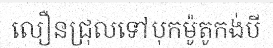
លឿនជ្រុលទៅបុកម៉ូតូកង់បី